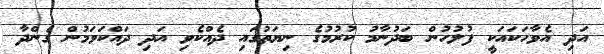
އަދި އެވާހަކައަކީ ފުލުހުން ބަދުނާމު ކުރުމުގެ ނިޔަތުގައި ދެއްކެވި އަދި ދައްކަވަމުން ގެންދާ